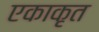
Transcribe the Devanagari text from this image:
एकाकृत